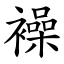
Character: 襙